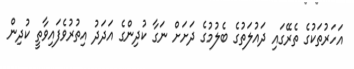
އަހަރުތަކުގެ ތެރޭގައި ދައުލަތުގެ ބެލުމުގެ ދަށަށް ނަގާ ކުދިންގެ އަދަދު އިތުރުވެފައިވާތީ ކުދިން